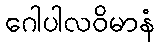
ဂေါပါလဝိမာနံ